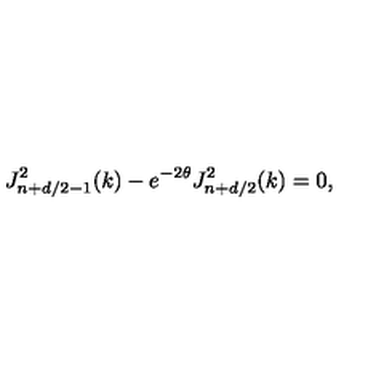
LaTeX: J _ { n + d / 2 - 1 } ^ { 2 } ( k ) - e ^ { - 2 \theta } J _ { n + d / 2 } ^ { 2 } ( k ) = 0 ,